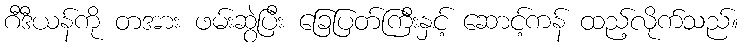
ဂီဒီယန်ကို တအား ဖမ်းဆွဲပြီး ခြေပြတ်ကြီးနှင့် ဆောင့်ကန် ထည့်လိုက်သည်။